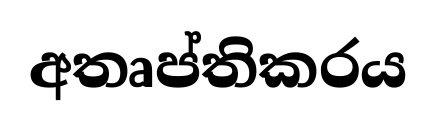
අතෘප්තිකරය